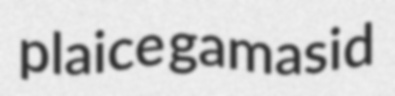
plaice gamasid